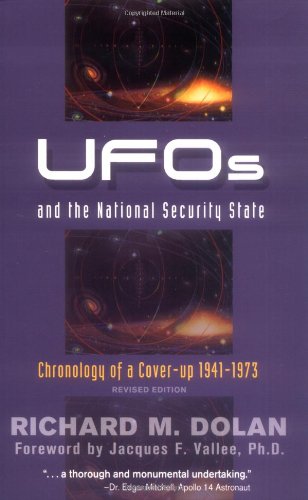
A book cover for UFOs and the National Security State: Chronology of a Coverup, 1941-1973; Richard M. Dolan; Science & Math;